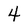
Character: 4